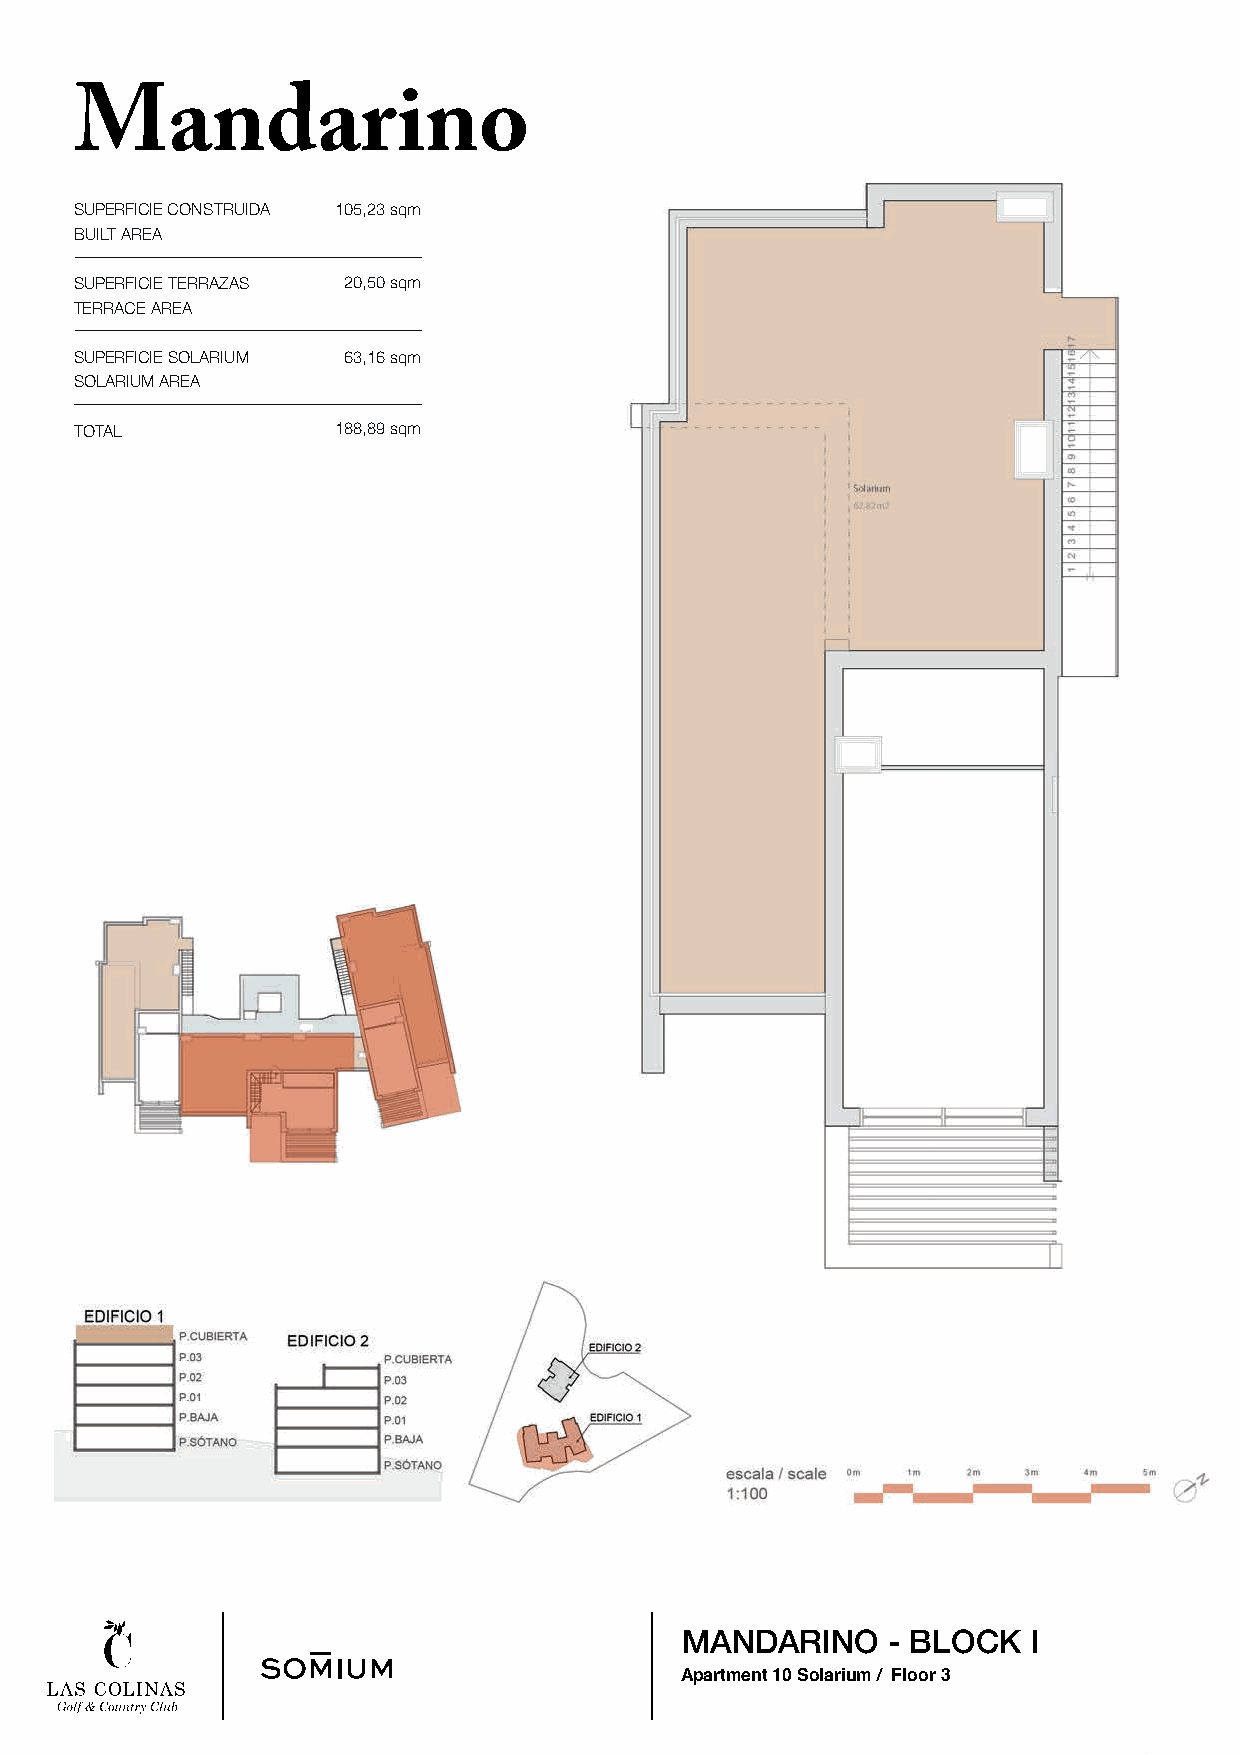
Mandarino
 SUPERFICIE CONSTRUIDA 105,23 sqm
 BUILT AREA
 SUPERFICIE TERRAZAS 20,50 sqm
 TERRACE AREA
 SUPERFICIE SOLARIUM 63,16 sqm
 SOLARIUM AREA
 TOTAL            188,89 sqm
 MANDARINO     - BLOCK  I
 Apartment 10 Solarium / Floor 3